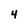
Character: 4